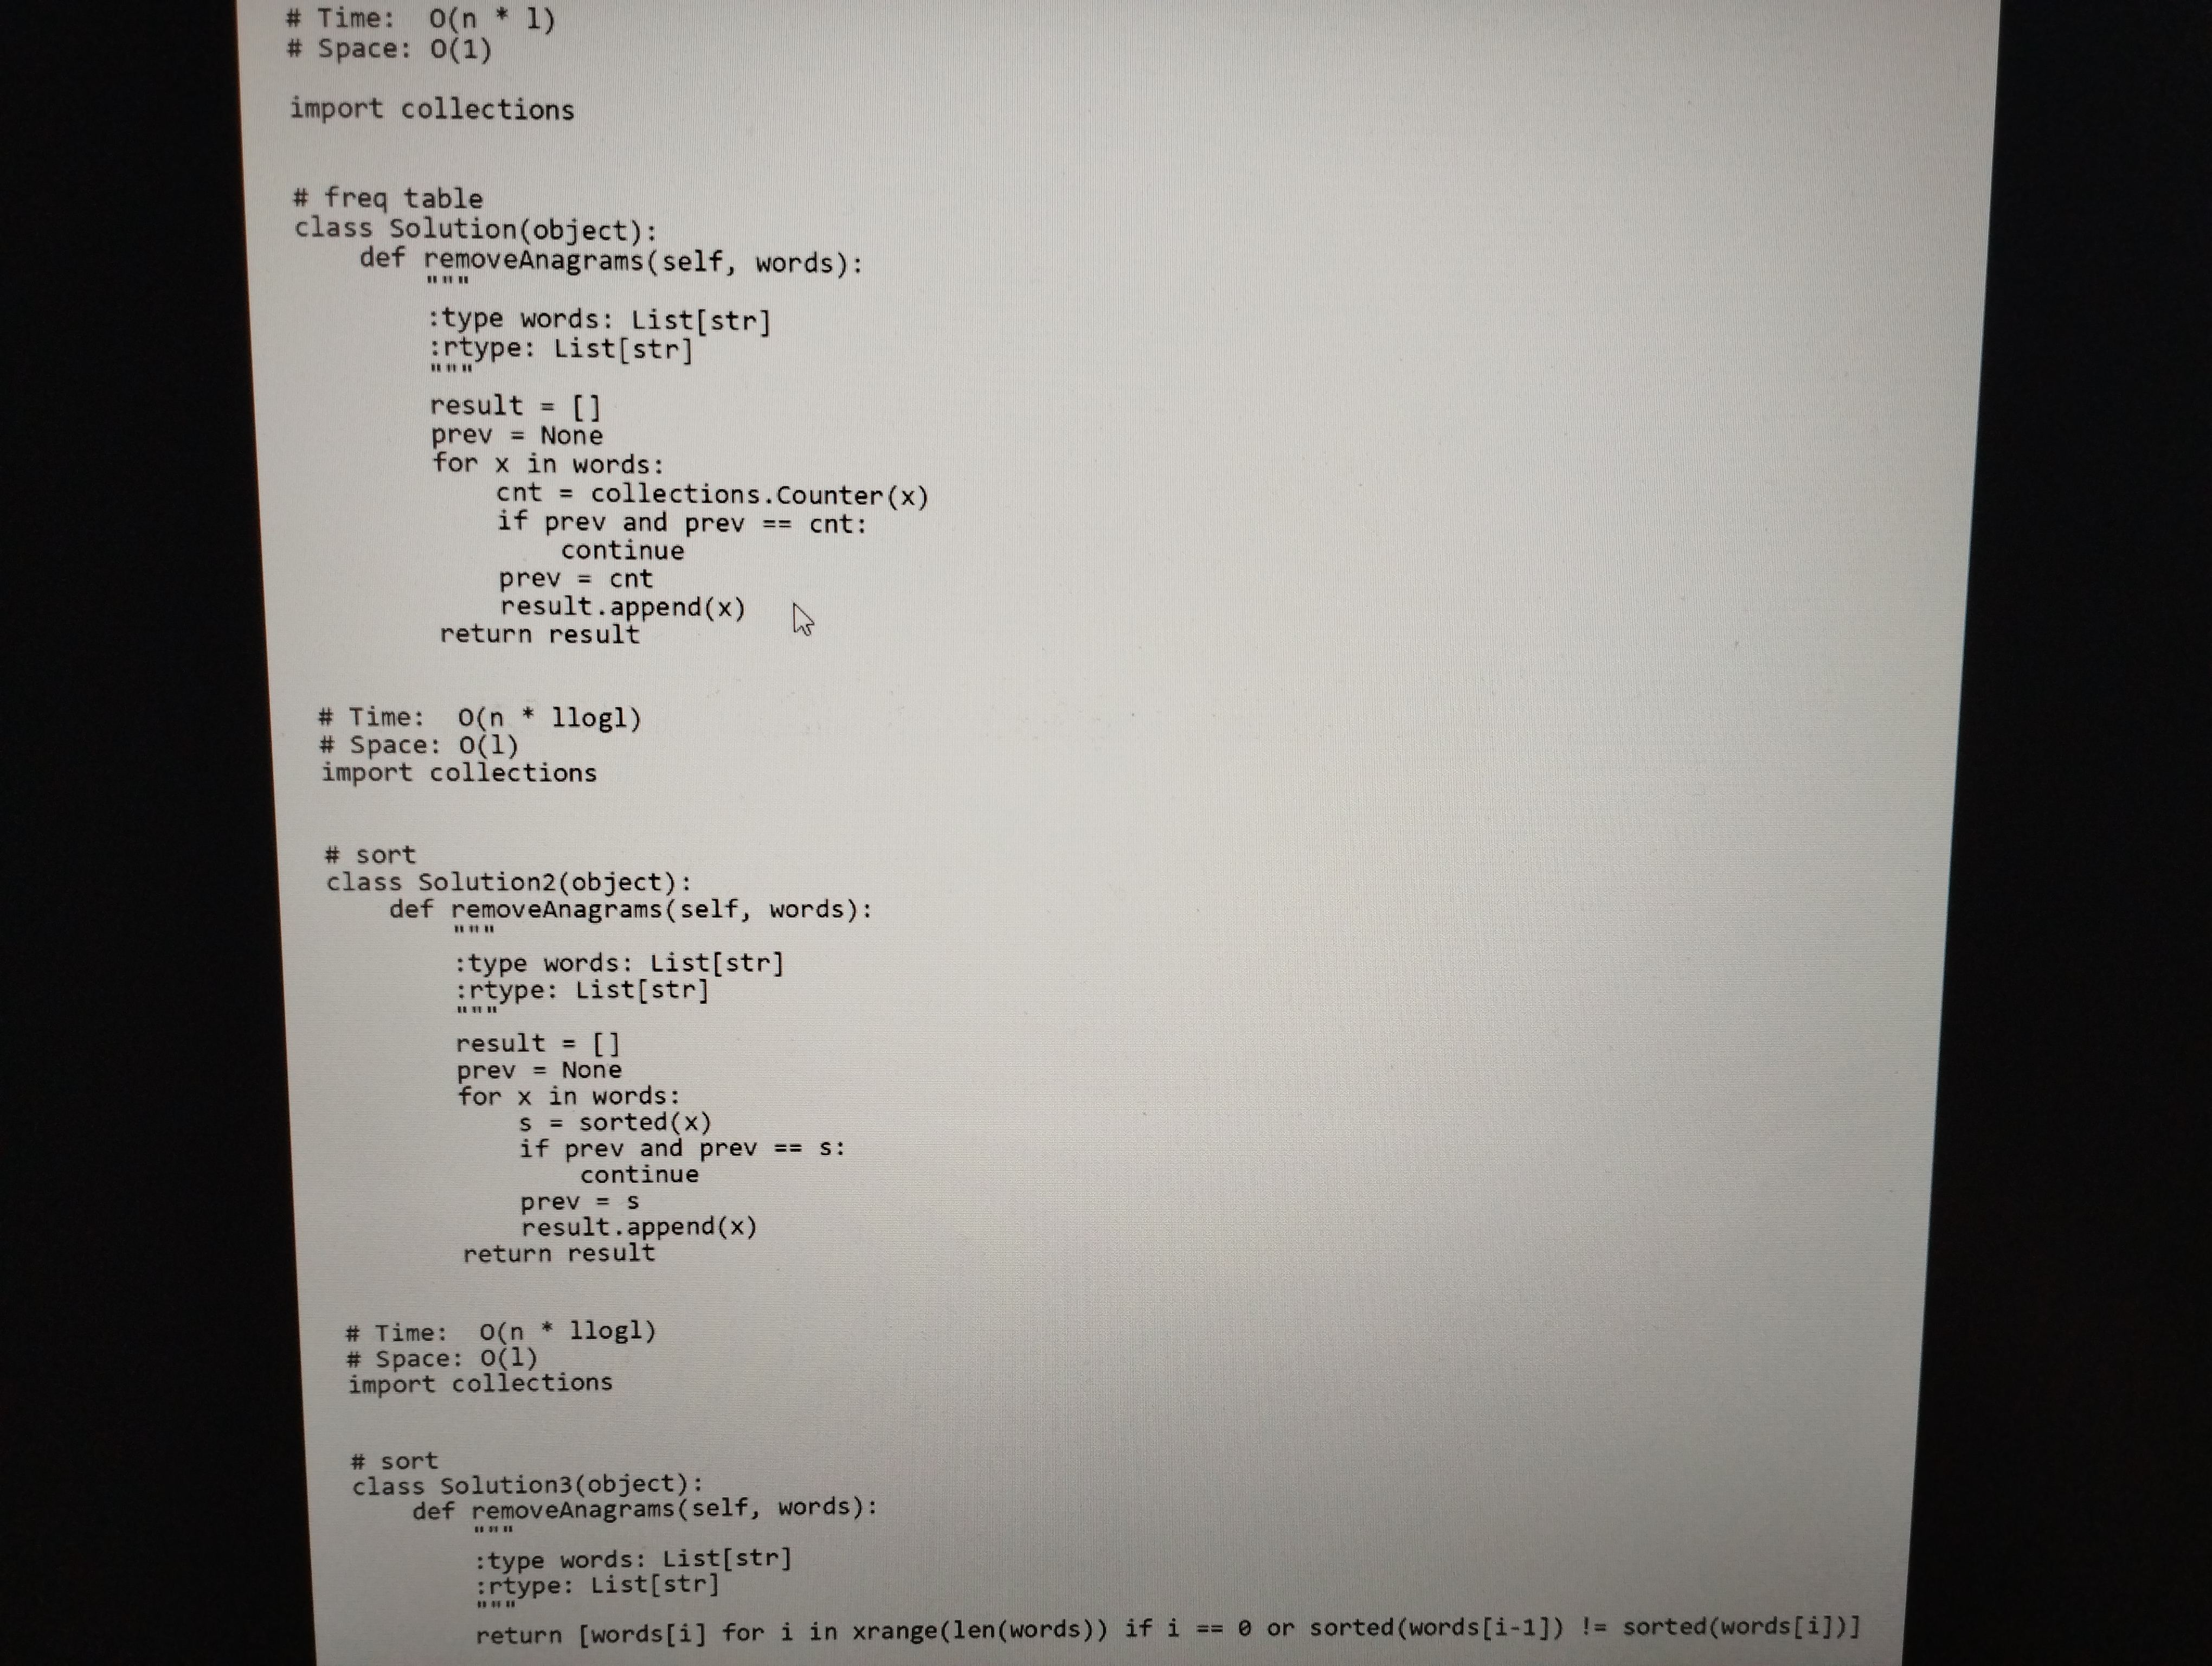
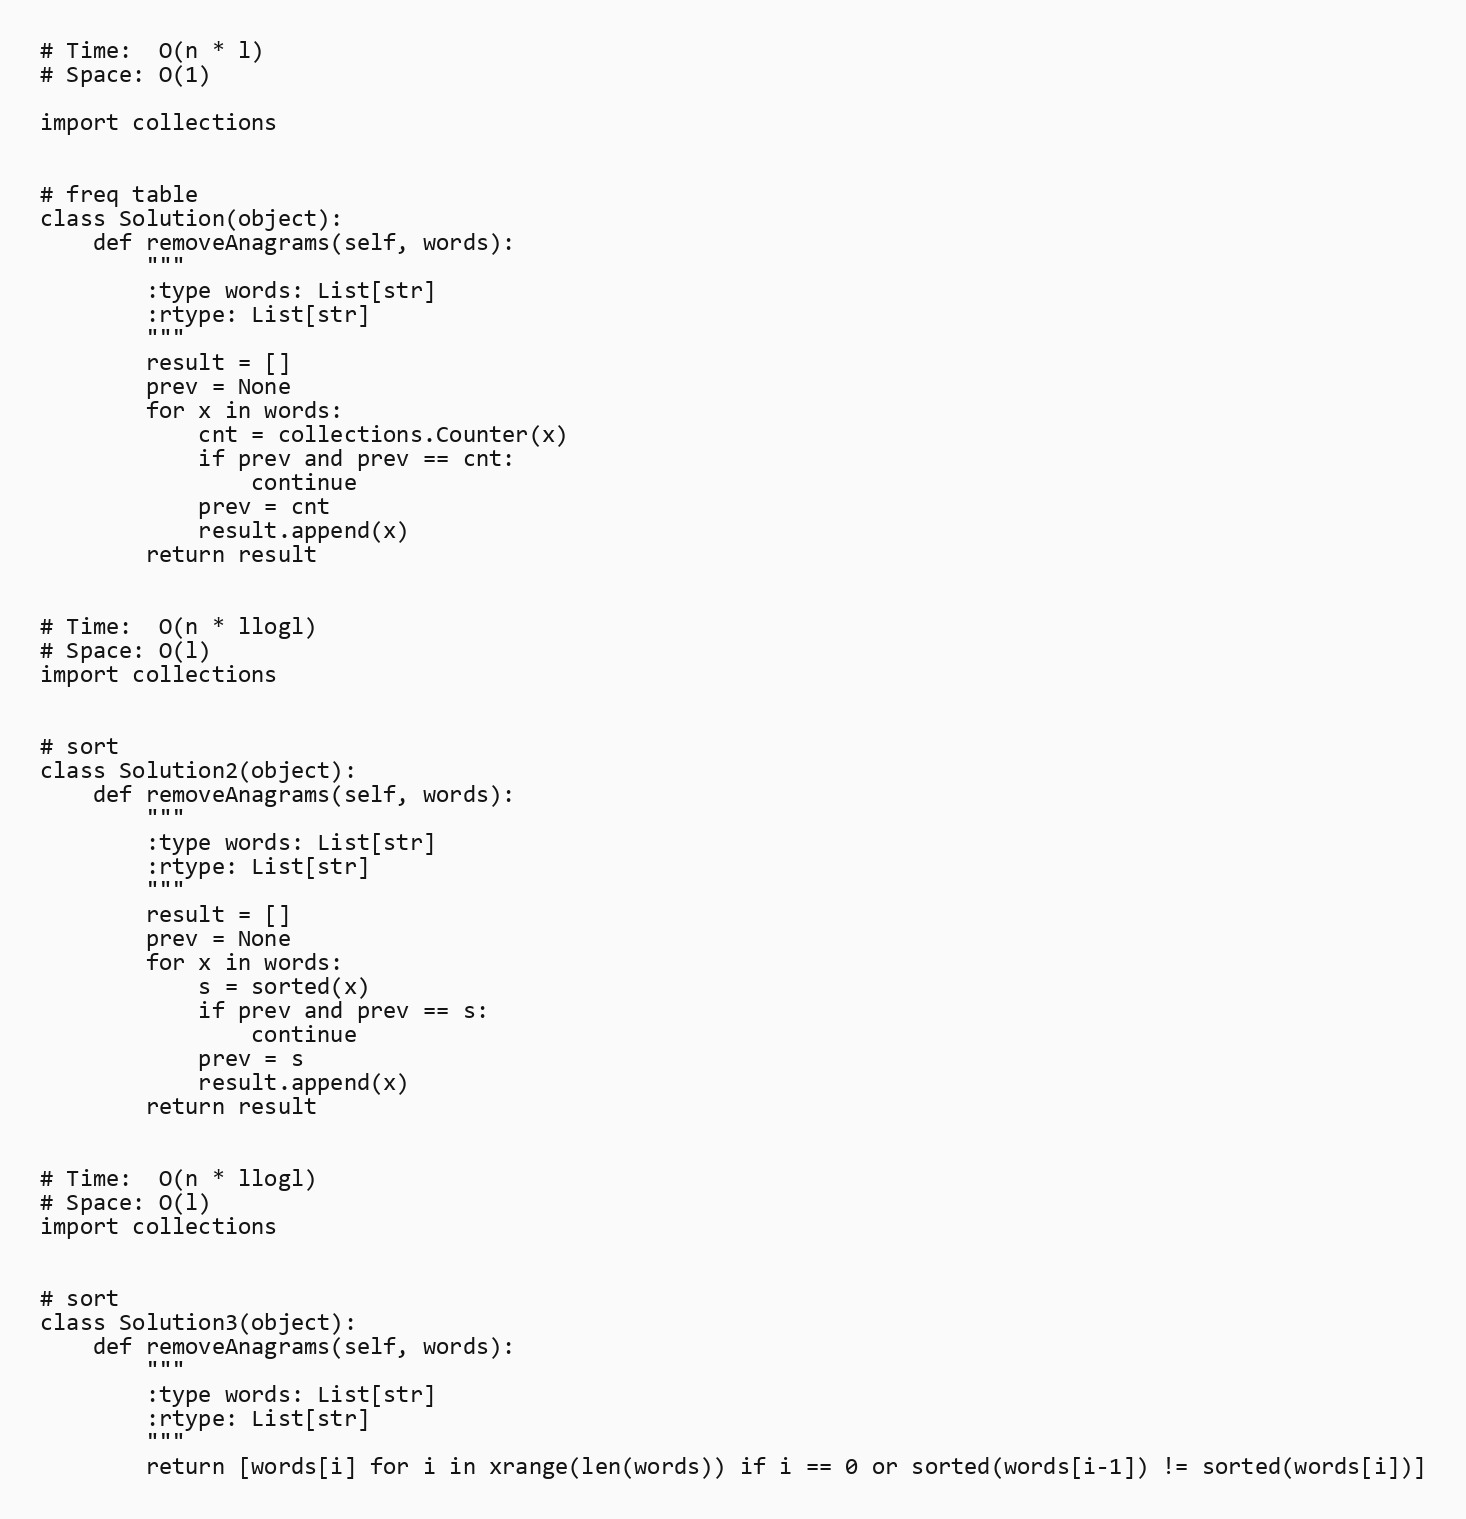
# Time:  O(n * l)
# Space: O(1)

import collections

# freq table
class Solution(object):
    def removeAnagrams(self, words):
        """
        :type words: List[str]
        :rtype: List[str]
        """
        result = []
        prev = None
        for x in words:
            cnt = collections.Counter(x)
            if prev and prev == cnt:
                continue
            prev = cnt
            result.append(x)
        return result

# Time:  O(n * llogl)
# Space: O(l)
import collections

# sort
class Solution2(object):
    def removeAnagrams(self, words):
        """
        :type words: List[str]
        :rtype: List[str]
        """
        result = []
        prev = None
        for x in words:
            s = sorted(x)
            if prev and prev == s:
                continue
            prev = s
            result.append(x)
        return result

# Time:  O(n * llogl)
# Space: O(l)
import collections

# sort
class Solution3(object):
    def removeAnagrams(self, words):
        """
        :type words: List[str]
        :rtype: List[str]
        """
        return [words[i] for i in xrange(len(words)) if i == 0 or sorted(words[i-1]) != sorted(words[i])]